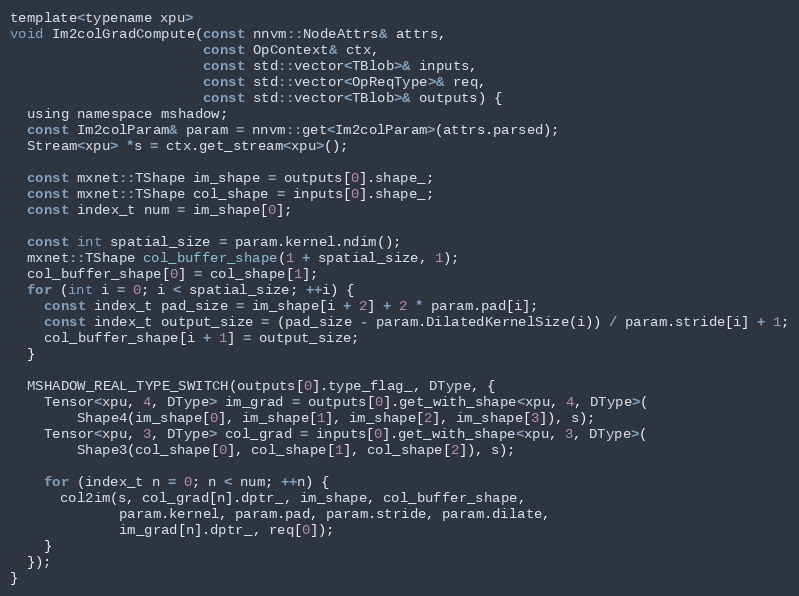
Language: C
template<typename xpu>
void Im2colGradCompute(const nnvm::NodeAttrs& attrs,
                       const OpContext& ctx,
                       const std::vector<TBlob>& inputs,
                       const std::vector<OpReqType>& req,
                       const std::vector<TBlob>& outputs) {
  using namespace mshadow;
  const Im2colParam& param = nnvm::get<Im2colParam>(attrs.parsed);
  Stream<xpu> *s = ctx.get_stream<xpu>();

  const mxnet::TShape im_shape = outputs[0].shape_;
  const mxnet::TShape col_shape = inputs[0].shape_;
  const index_t num = im_shape[0];

  const int spatial_size = param.kernel.ndim();
  mxnet::TShape col_buffer_shape(1 + spatial_size, 1);
  col_buffer_shape[0] = col_shape[1];
  for (int i = 0; i < spatial_size; ++i) {
    const index_t pad_size = im_shape[i + 2] + 2 * param.pad[i];
    const index_t output_size = (pad_size - param.DilatedKernelSize(i)) / param.stride[i] + 1;
    col_buffer_shape[i + 1] = output_size;
  }

  MSHADOW_REAL_TYPE_SWITCH(outputs[0].type_flag_, DType, {
    Tensor<xpu, 4, DType> im_grad = outputs[0].get_with_shape<xpu, 4, DType>(
        Shape4(im_shape[0], im_shape[1], im_shape[2], im_shape[3]), s);
    Tensor<xpu, 3, DType> col_grad = inputs[0].get_with_shape<xpu, 3, DType>(
        Shape3(col_shape[0], col_shape[1], col_shape[2]), s);

    for (index_t n = 0; n < num; ++n) {
      col2im(s, col_grad[n].dptr_, im_shape, col_buffer_shape,
             param.kernel, param.pad, param.stride, param.dilate,
             im_grad[n].dptr_, req[0]);
    }
  });
}